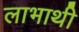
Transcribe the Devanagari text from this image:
लाभाथी